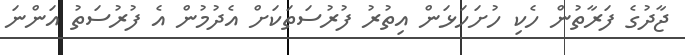
ޖާދުގެ ފަރާތުން ހެކި ހުށަހަޅަން އިތުރު ފުރުސަތަކަށް އެދުމުން އެ ފުރުސަތު އަންނަ